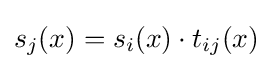
s_{j}(x)=s_{i}(x)\cdot t_{ij}(x)